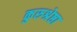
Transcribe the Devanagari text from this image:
कुरुश्रेष्ठा